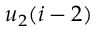
u _ { 2 } ( i - 2 )